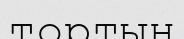
тортын